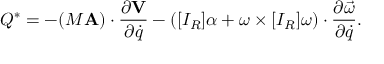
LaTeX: Q ^ { * } = - ( M \mathbf { A } ) \cdot { \frac { \partial \mathbf { V } } { \partial { \dot { q } } } } - ( [ I _ { R } ] \alpha + \omega \times [ I _ { R } ] \omega ) \cdot { \frac { \partial { \vec { \omega } } } { \partial { \dot { q } } } } .